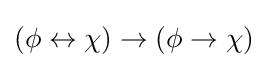
(\phi \leftrightarrow \chi )\to (\phi \to \chi )